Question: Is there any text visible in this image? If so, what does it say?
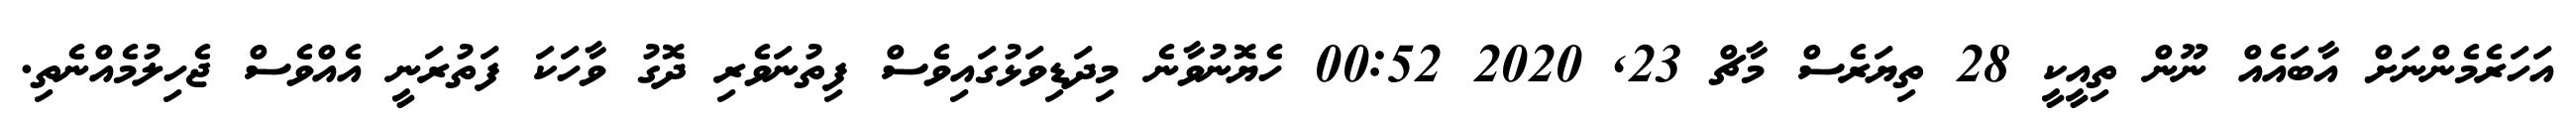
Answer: އަހަރެމެންނަށް އާބައެއް ނޫން ތިއީކީ 28 ތިޔަރެސް މާޗް 23, 2020 00:52 ހެޔޮނުވާނެ މިދަޑިވަޅުގައިވެސް ފިތުނަވެރި ދޮގު ވާހަކަ ފަތުރަނީ އެއްވެސް ޖެހިލުމެއްނެތި.